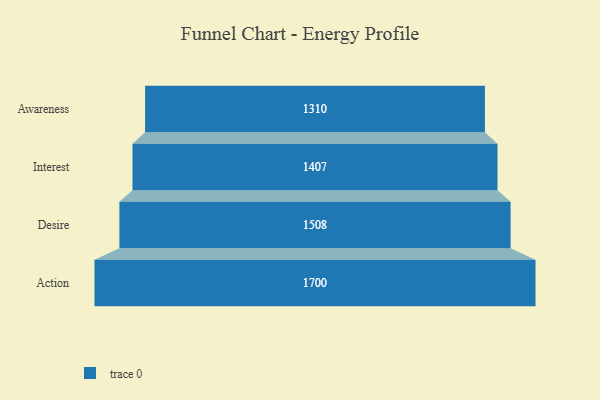
{"axis": {"x": "Stage", "y": "Value"}, "legend": [""], "data": [{"x": "Awareness", "y": 1310.0, "type": ""}, {"x": "Interest", "y": 1407.0, "type": ""}, {"x": "Desire", "y": 1508.0, "type": ""}, {"x": "Action", "y": 1700.0, "type": ""}]}